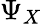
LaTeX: \Psi_{X}